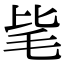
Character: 毞